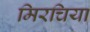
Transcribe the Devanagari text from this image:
मिरचिया